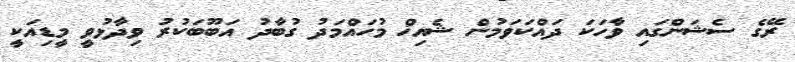
ރޭގެ ސެޝަންގައި ވާހަކަ ދައްކަވަމުން ޝެއިޚް މުހައްމަދު ގުބާދު އަބޫބަކުރު ވިދާޅުވީ މީޑިއަކީ